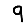
Digit: 9